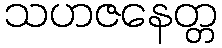
သဟဇနေတ္တ